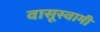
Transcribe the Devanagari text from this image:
वासूस्वामी